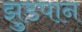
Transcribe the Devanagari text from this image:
झुडपान